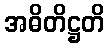
အဓိတိဋ္ဌတိ